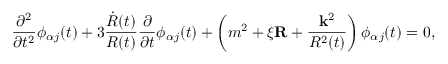
\frac { \partial ^ { 2 } } { \partial t ^ { 2 } } \phi _ { \alpha j } ( t ) + 3 \frac { \dot { R } ( t ) } { R ( t ) } \frac { \partial } { \partial t } \phi _ { \alpha j } ( t ) + \left( m ^ { 2 } + \xi { \bf R } + \frac { { \bf k } ^ { 2 } } { R ^ { 2 } ( t ) } \right) \phi _ { \alpha j } ( t ) = 0 ,